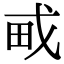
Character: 𤰭